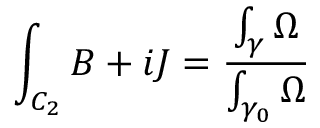
\int _ { C _ { 2 } } B + i J = { \frac { \int _ { \gamma } \Omega } { \int _ { \gamma _ { 0 } } \Omega } }